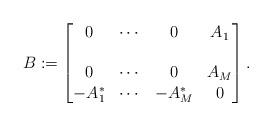
LaTeX: \begin{align*}B := \begin{bmatrix}0 & \cdots & 0 & A_1 \\ \\0 & \cdots & 0 & A_{M} \\ -A_1^\ast & \cdots & -A_{M}^\ast & 0 \end{bmatrix}.\end{align*}